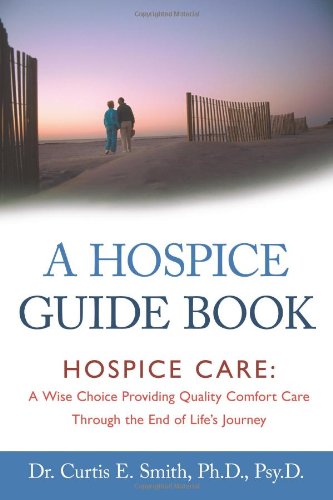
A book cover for A Hospice Guide Book: Hospice Care: A Wise Choice Providing Quality Comfort Care Through the End of Life's Journey; Dr. Curtis E. Smith; Self-Help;